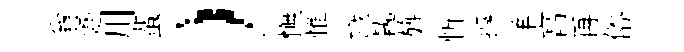
翁蹙川蜚）憮惟幟執旌忻摶羊亯再俗